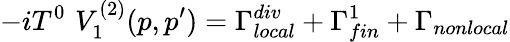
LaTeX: -iT^{0}\, \, V_{1}^{(2)}(p,p^{\prime})=\Gamma_{local}^{div}+\Gamma_{fin}^{1}+\Gamma_{nonlocal}